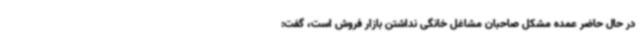
در حال حاضر عمده مشکل صاحبان مشاغل خانگی نداشتن بازار فروش است، گفت: